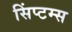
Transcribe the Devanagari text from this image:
सिंप्टम्स